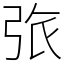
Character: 㢳